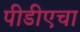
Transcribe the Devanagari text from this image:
पीडीएचा